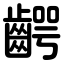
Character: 齶